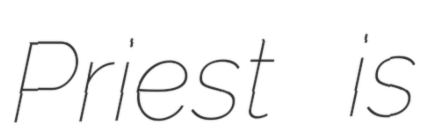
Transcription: Priest is